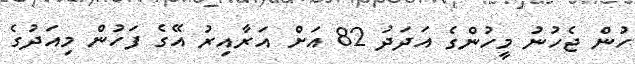
ހުން ޖެހުނު މީހުންގެ އަދަދު 82 އަށް އަރާއިރު އޭގެ ފަހުން މިއަދުގެ